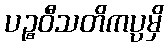
ပဉ္စဝီသတိကပ္ပမှိ